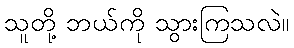
သူတို့ ဘယ်ကို သွားကြသလဲ။